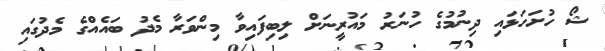
ޝޯ ހުށަހަޅައި ދިނުމުގެ ހުނަރު މައުރީނަށް ލިބިފައިވާ މިންވަރާ މެދު ބައެއްގެ މެދުގައި